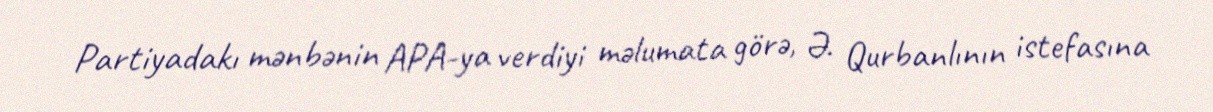
Partiyadakı mənbənin APA-ya verdiyi məlumata görə, Ə. Qurbanlının istefasına